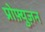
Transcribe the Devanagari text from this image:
प्रोफ़्युज़न